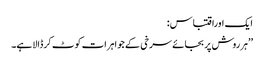
ایک اوراقتباس:
’’ہرروش پربجائے سرخی کے جواہرات کوٹ کرڈالاہے۔